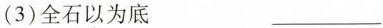
(3)全石以为底 ___